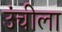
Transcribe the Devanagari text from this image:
उंचीला